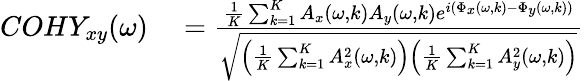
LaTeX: \begin{array}{rl}{COHY_{xy}(\omega)}&{{}=\frac{\frac{1}{K}\sum_{k=1}^{K}A_{x}(\omega,k)A_{y}(\omega,k)e^{i(\Phi_{x}(\omega,k)-\Phi_{y}(\omega,k))}}{\sqrt{\left(\frac{1}{K}\sum_{k=1}^{K}A_{x}^{2}(\omega,k)\right)\left(\frac{1}{K}\sum_{k=1}^{K}A_{y}^{2}(\omega,k)\right)}}}\end{array}